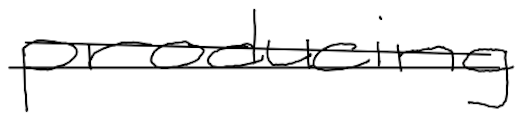
Text: producing
Cross-out: double-line
Writing tool: digital_black